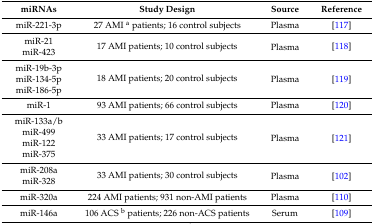
<table><thead><tr><td><b>miRNAs</b></td><td><b>Study Design</b></td><td><b>Source</b></td><td><b>Reference</b></td></tr></thead><tbody><tr><td>miR-221-3p</td><td>27 AMI <sup>a</sup> patients; 16 control subjects</td><td>Plasma</td><td>[117]</td></tr><tr><td>miR-21</td><td rowspan="2">17 AMI patients; 10 control subjects</td><td rowspan="2">Plasma</td><td rowspan="2">[118]</td></tr><tr><td>miR-423</td></tr><tr><td>miR-19b-3p</td><td rowspan="3">18 AMI patients; 20 control subjects</td><td rowspan="3">Plasma</td><td rowspan="3">[119]</td></tr><tr><td>miR-134-5p</td></tr><tr><td>miR-186-5p</td></tr><tr><td>miR-1</td><td>93 AMI patients; 66 control subjects</td><td>Plasma</td><td>[120]</td></tr><tr><td>miR-133a/b</td><td rowspan="4">33 AMI patients; 17 control subjects</td><td rowspan="4">Plasma</td><td rowspan="4">[121]</td></tr><tr><td>miR-499</td></tr><tr><td>miR-122</td></tr><tr><td>miR-375</td></tr><tr><td>miR-208a</td><td rowspan="2">33 AMI patients; 30 control subjects</td><td rowspan="2">Plasma</td><td rowspan="2">[102]</td></tr><tr><td>miR-328</td></tr><tr><td>miR-320a</td><td>224 AMI patients; 931 non-AMI patients</td><td>Plasma</td><td>[110]</td></tr><tr><td>miR-146a</td><td>106 ACS <sup>b</sup> patients; 226 non-ACS patients</td><td>Serum</td><td>[109]</td></tr></tbody></table>